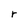
Character: r